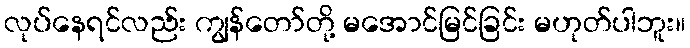
လုပ်နေရင်လည်း ကျွန်တော်တို့ မအောင်မြင်ခြင်း မဟုတ်ပါဘူး။